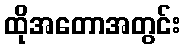
ထိုအတောအတွင်း